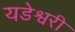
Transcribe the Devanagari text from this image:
यडेश्वरी